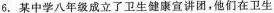
6.某中学八年级成立了卫生健康宣讲团，他们在卫生